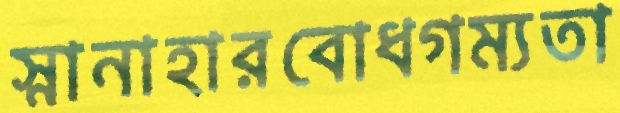
স্নানাহারবোধগম্যতা